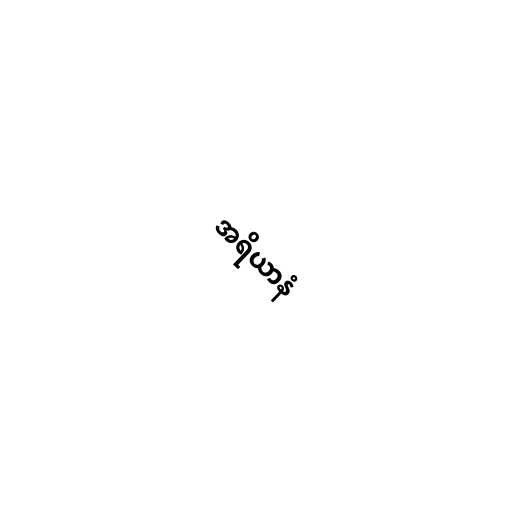
အရိယာနံ